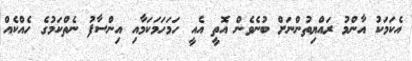
އެކަމަކު އާންމު ރައްޔިތުންނަށް ބުނެވެން އޮތީ އެއީ ހަމަހަމަކަމާއި އިންސާފު ނެތްކަމުގެ ހެއްކެއް